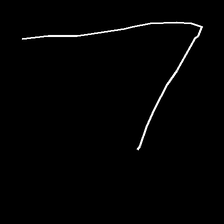
Glyph: region